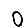
Digit: 0